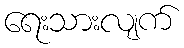
ရေးသားလျက်